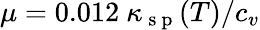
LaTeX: \mu=0.012\ \kappa_{\mathrm{~s~p~}}(T)/c_{v}